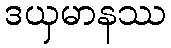
ဒယှမာနဿ